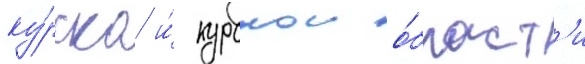
ку́рска и́ курскои о́бласт'и